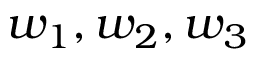
w _ { 1 } , w _ { 2 } , w _ { 3 }